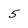
Character: 5